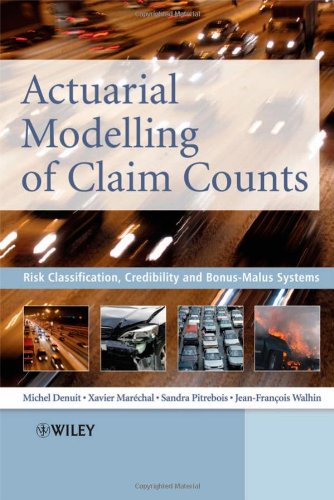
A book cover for Actuarial Modelling of Claim Counts: Risk Classification, Credibility and Bonus-Malus Systems; Michel Denuit; Engineering & Transportation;